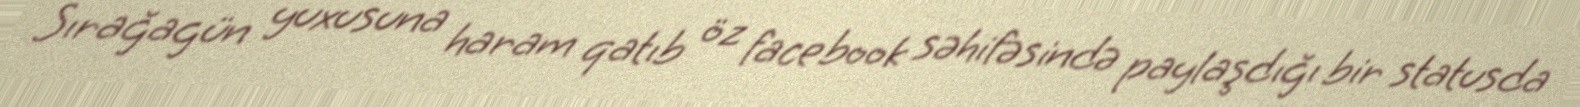
Sırağagün yuxusuna haram qatıb öz facebook səhifəsində paylaşdığı bir statusda